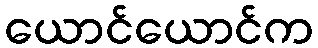
ယောင်ယောင်က